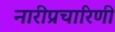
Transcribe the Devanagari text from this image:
नारीप्रचारिणी